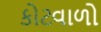
કોટવાળો